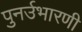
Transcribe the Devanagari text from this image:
पुनर्उभारणी